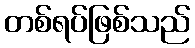
တစ်ရပ်ဖြစ်သည်